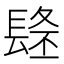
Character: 𨲐